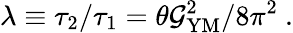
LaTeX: \lambda\equiv\tau_{2}/\tau_{1}=\theta\mathcal{G}_{\mathrm{{YM}}}^{2}/8\pi^{2}~.